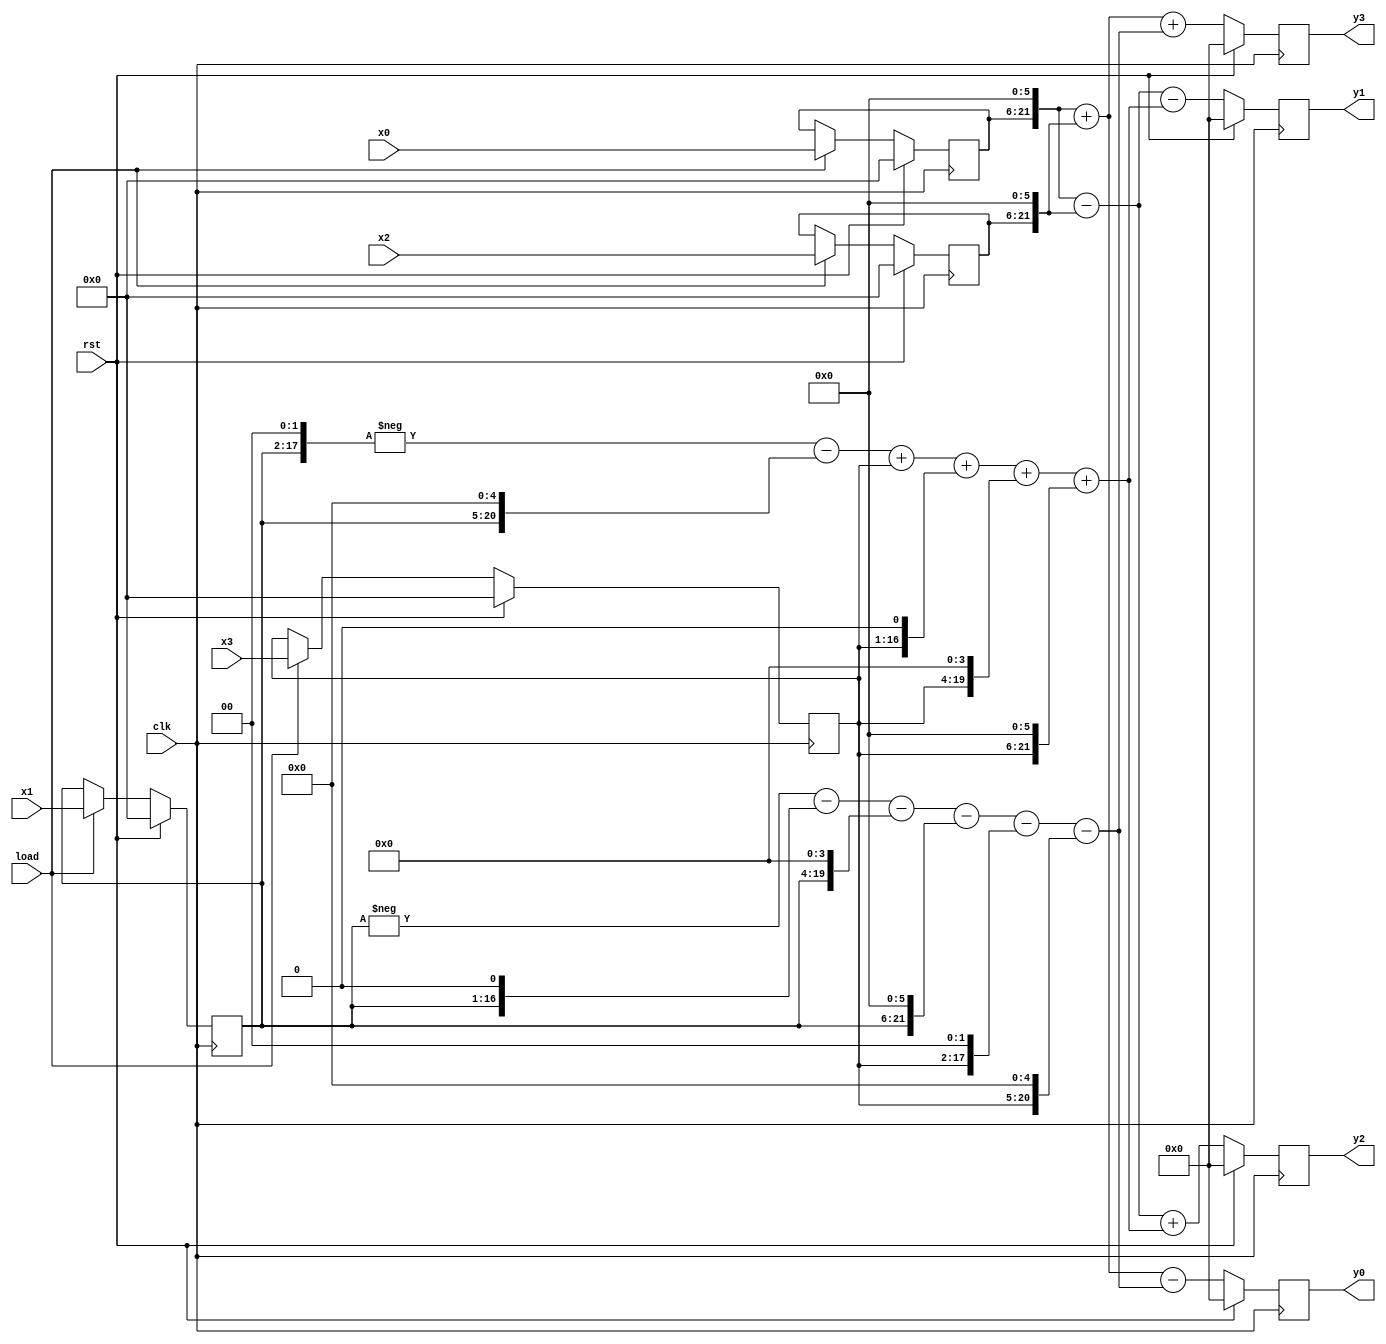
module idct4
#(
	parameter WIDTH_X = 16,
	parameter WIDTH_Y = 22
)
(
	input wire signed [WIDTH_X-1:0] x0,
	input wire signed [WIDTH_X-1:0] x1,
	input wire signed [WIDTH_X-1:0] x2,
	input wire signed [WIDTH_X-1:0] x3,
	
	input wire clk,rst,load,

	output reg signed [WIDTH_Y-1:0] y0,
	output reg signed [WIDTH_Y-1:0] y1,
	output reg signed [WIDTH_Y-1:0] y2,
	output reg signed [WIDTH_Y-1:0] y3
);

	reg signed [WIDTH_X-1:0] x0_reg;
	reg signed [WIDTH_X-1:0] x1_reg;
	reg signed [WIDTH_X-1:0] x2_reg;
	reg signed [WIDTH_X-1:0] x3_reg;
	
	wire signed [WIDTH_Y-1:0] y0_d;
	wire signed [WIDTH_Y-1:0] y1_d;
	wire signed [WIDTH_Y-1:0] y2_d;
	wire signed [WIDTH_Y-1:0] y3_d;

	always @ (posedge clk)
	begin
//		if(!rst_b) begin
		if(rst) begin
				y0 <= 0;
				y1 <= 0;
				y2 <= 0;
				y3 <= 0;

				x0_reg <= 0;
				x1_reg <= 0;
				x2_reg <= 0;
				x3_reg <= 0;
		end
		else begin
				y0 <= y0_d;
				y1 <= y1_d;
				y2 <= y2_d;
				y3 <= y3_d;
				
				if (load) begin
					x0_reg <= x0;
					x1_reg <= x1;
					x2_reg <= x2;
					x3_reg <= x3;
				end
				
		end
	end 
	
	wire signed [WIDTH_Y-1:0] z0;
	wire signed [WIDTH_Y-1:0] z1;
	wire signed [WIDTH_Y-1:0] z2;
	wire signed [WIDTH_Y-1:0] z3;
	
	assign z0= {x0_reg,6'b000000}+{x2_reg,6'b000000};
	assign z1= {x0_reg,6'b000000}-{x2_reg,6'b000000};
	
	assign z2= -{x1_reg,2'b00}-{x1_reg,5'b00000}+x3_reg+{x3_reg,1'b0}+{x3_reg,4'b0000}+{x3_reg,6'b000000};
	assign z3= -x1_reg-{x1_reg,1'b0}-{x1_reg,4'b0000}-{x1_reg,6'b000000}-{x3_reg,2'b00}-{x3_reg,5'b00000};
	
	assign y0_d = z0 - z3;
	assign y1_d = z1 - z2;
	assign y2_d = z1 + z2;
	assign y3_d = z0 + z3;
	
endmodule